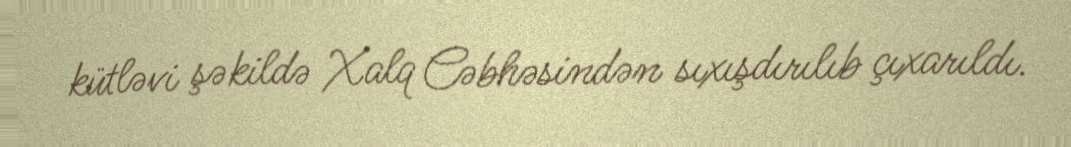
kütləvi şəkildə Xalq Cəbhəsindən sıxışdırılıb çıxarıldı.